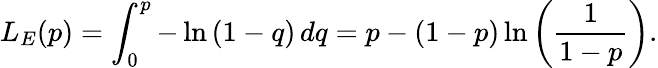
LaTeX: L_{E}(p)=\int_{0}^{p}-\ln{(1-q)}\, dq=p-(1-p)\ln{\left(\frac{1}{1-p}\right)}.